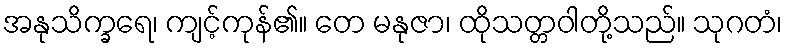
အနုသိက္ခရေ၊ ကျင့်ကုန်၏။ တေ မနုဇာ၊ ထိုသတ္တဝါတို့သည်။ သုဂတံ၊